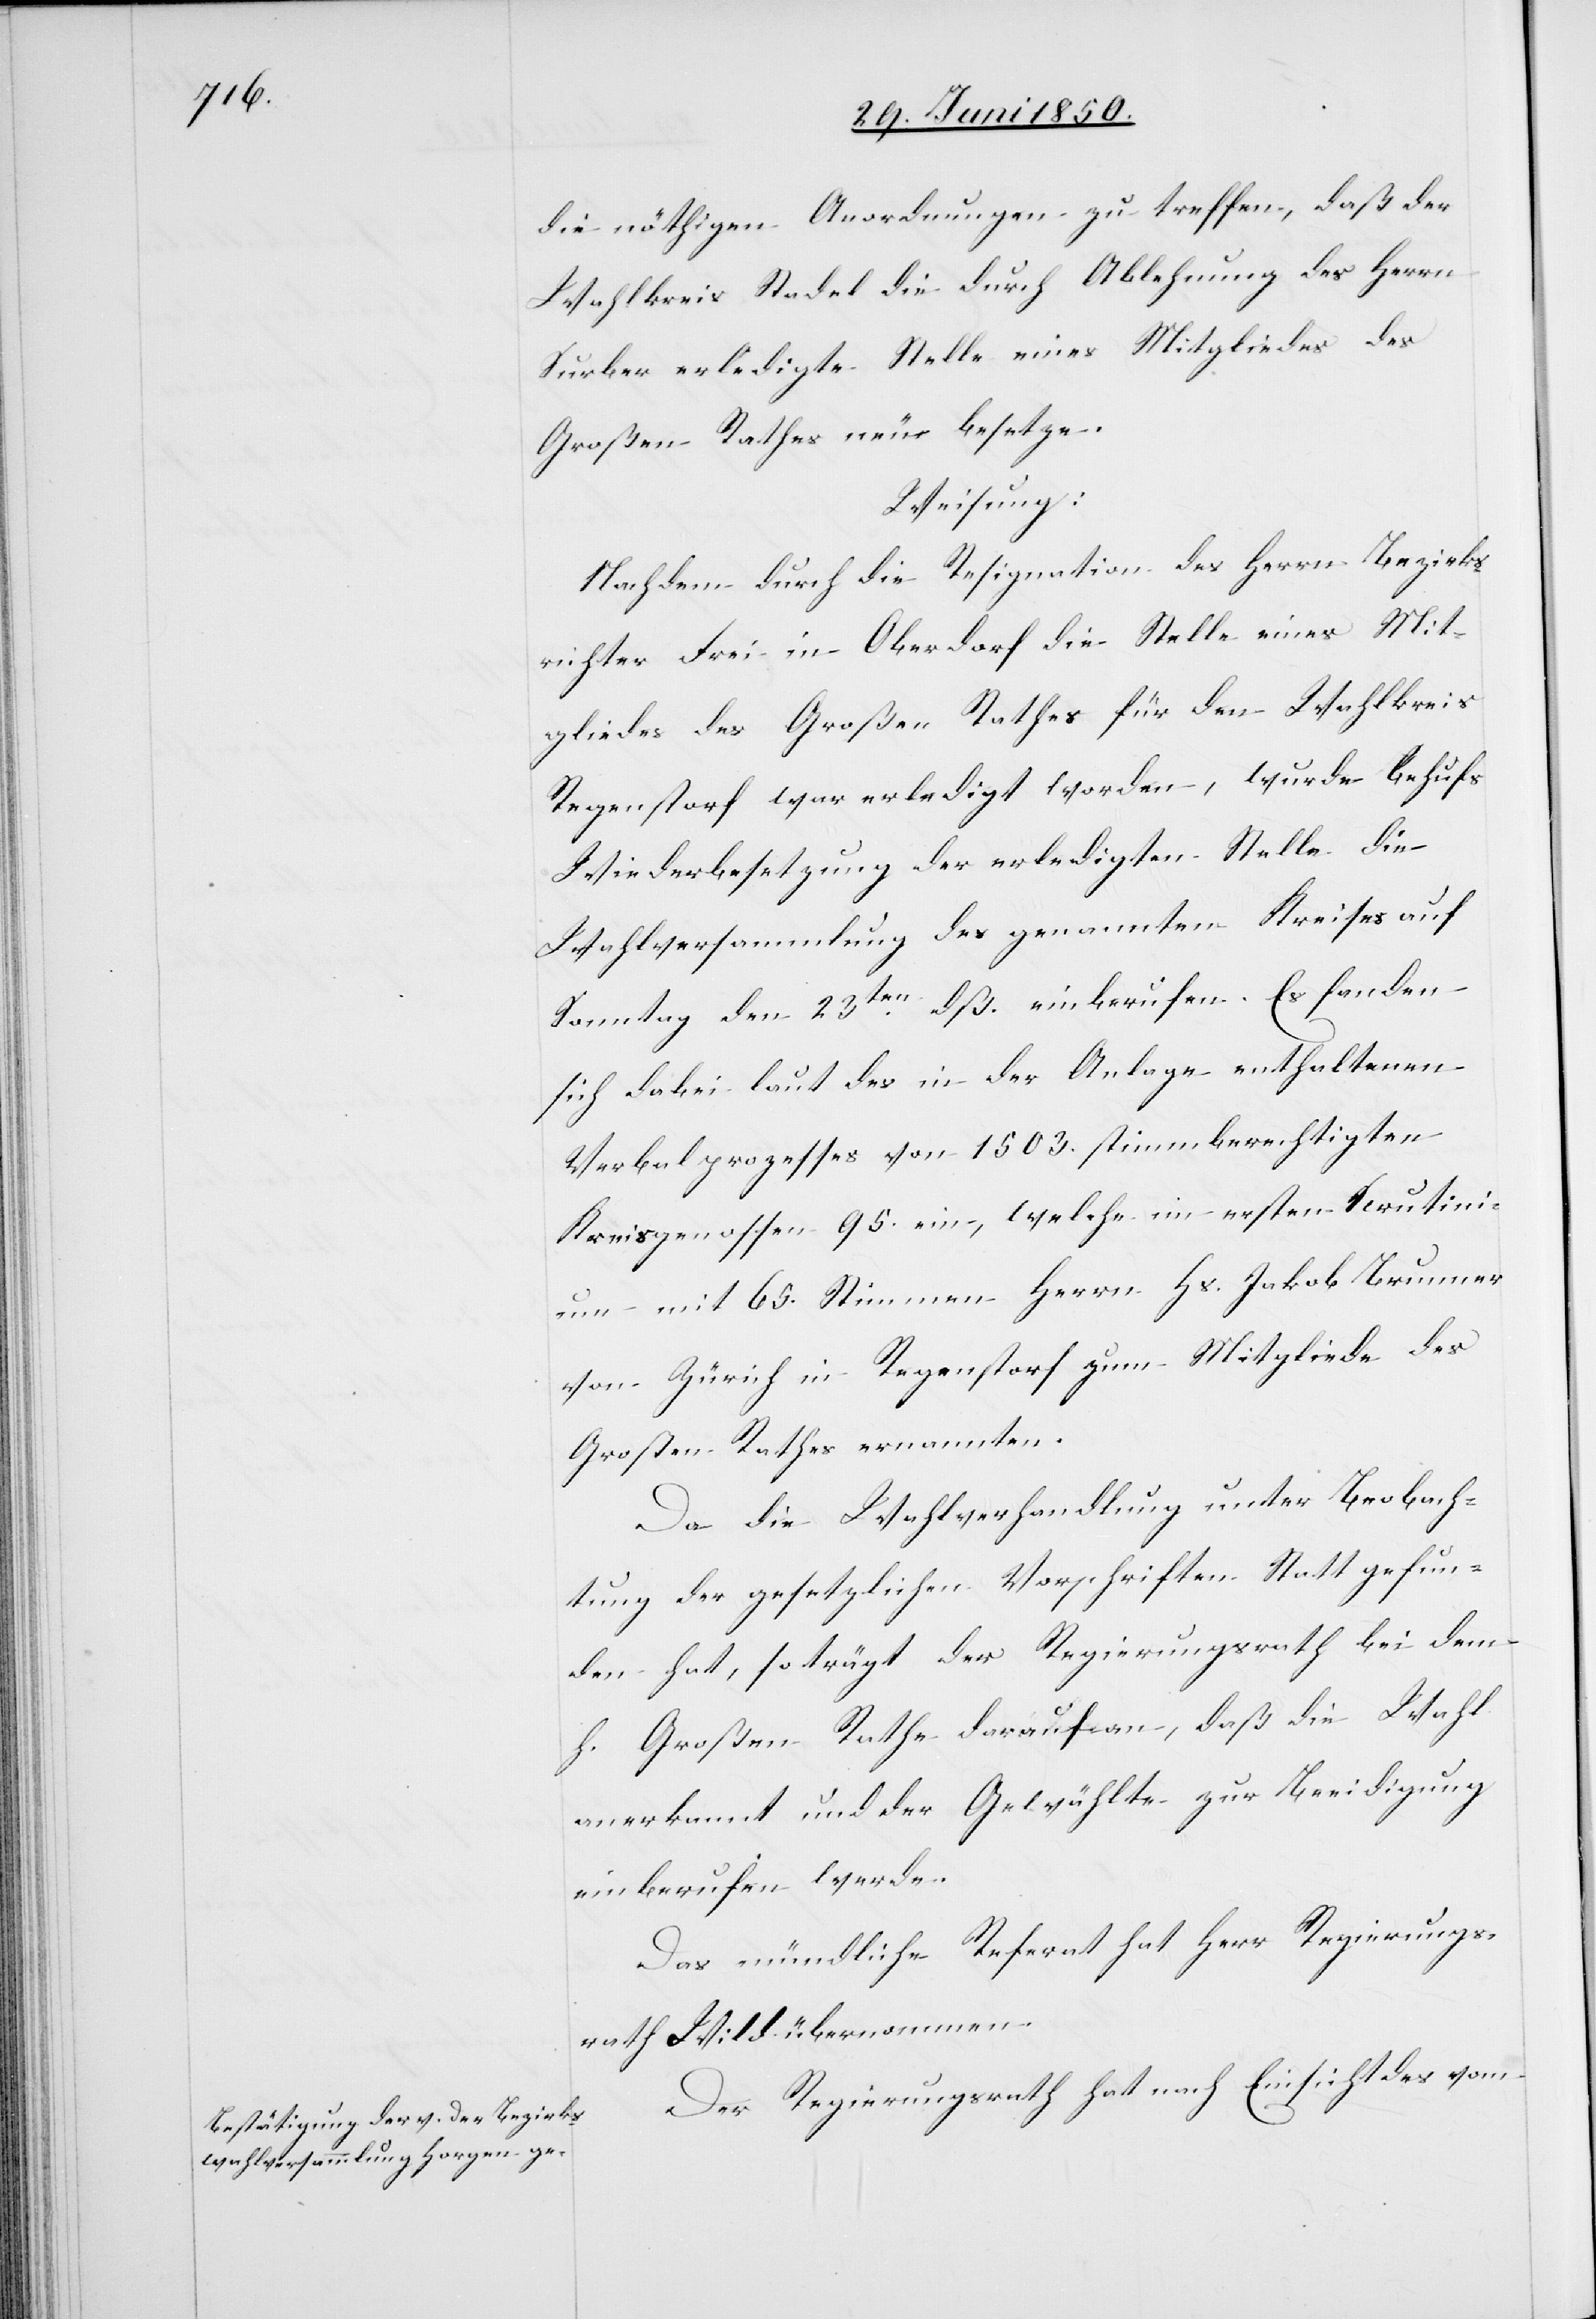
die nöthigen Anordnungen zu treffen, daß der
Wahlkreis Stadel die durch Ablehnung des Herrn
Surber erledigte Stelle eines Mitgliedes des
Großen Rathes neu besetze.
Weisung.
Nachdem durch die Resignation des Herrn Bezirks¬
richter Frei in Oberdorf die Stelle eines Mit¬
gliedes des Großen Rathes für den Wahlkreis
Regenstorf war erledigt worden, wurde behufs
Wiederbesetzung der erledigten Stelle die
Wahlversammlung des genannten Kreises auf
Sonntag den 23ten dß. einberufen. Es fanden
sich dabei laut des in der Anlage enthaltenen
Verbalprozesses von 1503. stimmberechtigen
Kreisgenossen 95. ein, welche im ersten Scrutini¬
um mit 65. Stimmen Herrn Hs. Jakob Brunner
von Zürich in Regenstorf zum Mitgliede des
Großen Rathes ernannten.
Da die Wahlverhandlung unter Beobach¬
tung der gesetzlichen Vorschriften Statt gefun¬
den hat, so trägt der Regierungsrath bei dem
h. Großen Rathe darauf an, daß die Wahl
anerkannt und der Gewählte zur Beeidigung
einberufen werde.
Das mündliche Referat hat Herr Regierungs¬
rath Wild übernommen.
Der Regierungsrath hat nach Einsicht des vom